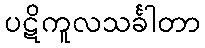
ပဋိကူလသင်္ခါတာ